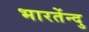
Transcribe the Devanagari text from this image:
भारतेंन्दु